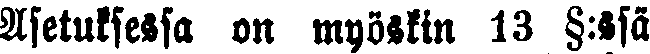
Asetuksessa on myöskin 13 §:ssä